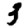
Digit: 3